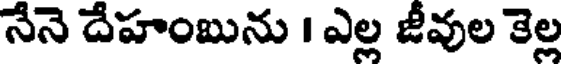
నేనె దేహంబును । ఎల్ల జీవుల కెల్ల